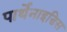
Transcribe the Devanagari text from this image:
पार्थेनाइडिस